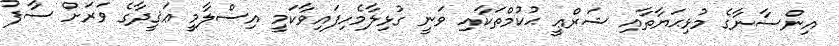
އިންސާނާގެ މުޅިޙަޔާތާއި ޝަރްޢީ ޙުކުމްތަކާއި ވަނީ ގުޅިލާމެހިފައިވާކަމީ އިސްލާމީ ޢަޤީދާގެ ވަރަށް ސާފު